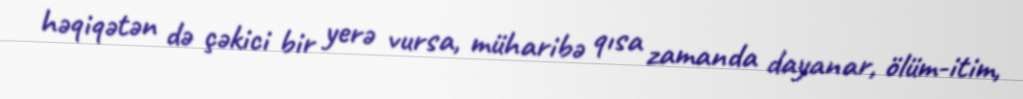
həqiqətən də çəkici bir yerə vursa, müharibə qısa zamanda dayanar, ölüm-itim,